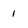
Character: 1